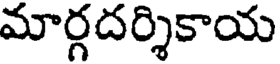
మార్గదర్శికాయ